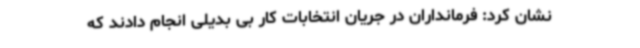
نشان کرد: فرمانداران در جریان انتخابات کار بی بدیلی انجام دادند که